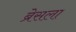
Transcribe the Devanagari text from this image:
ब्रेसला